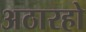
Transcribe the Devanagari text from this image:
अठारहो